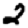
Digit: 2